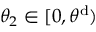
\theta _ { 2 } \in [ 0 , \theta ^ { \mathrm { d } } )